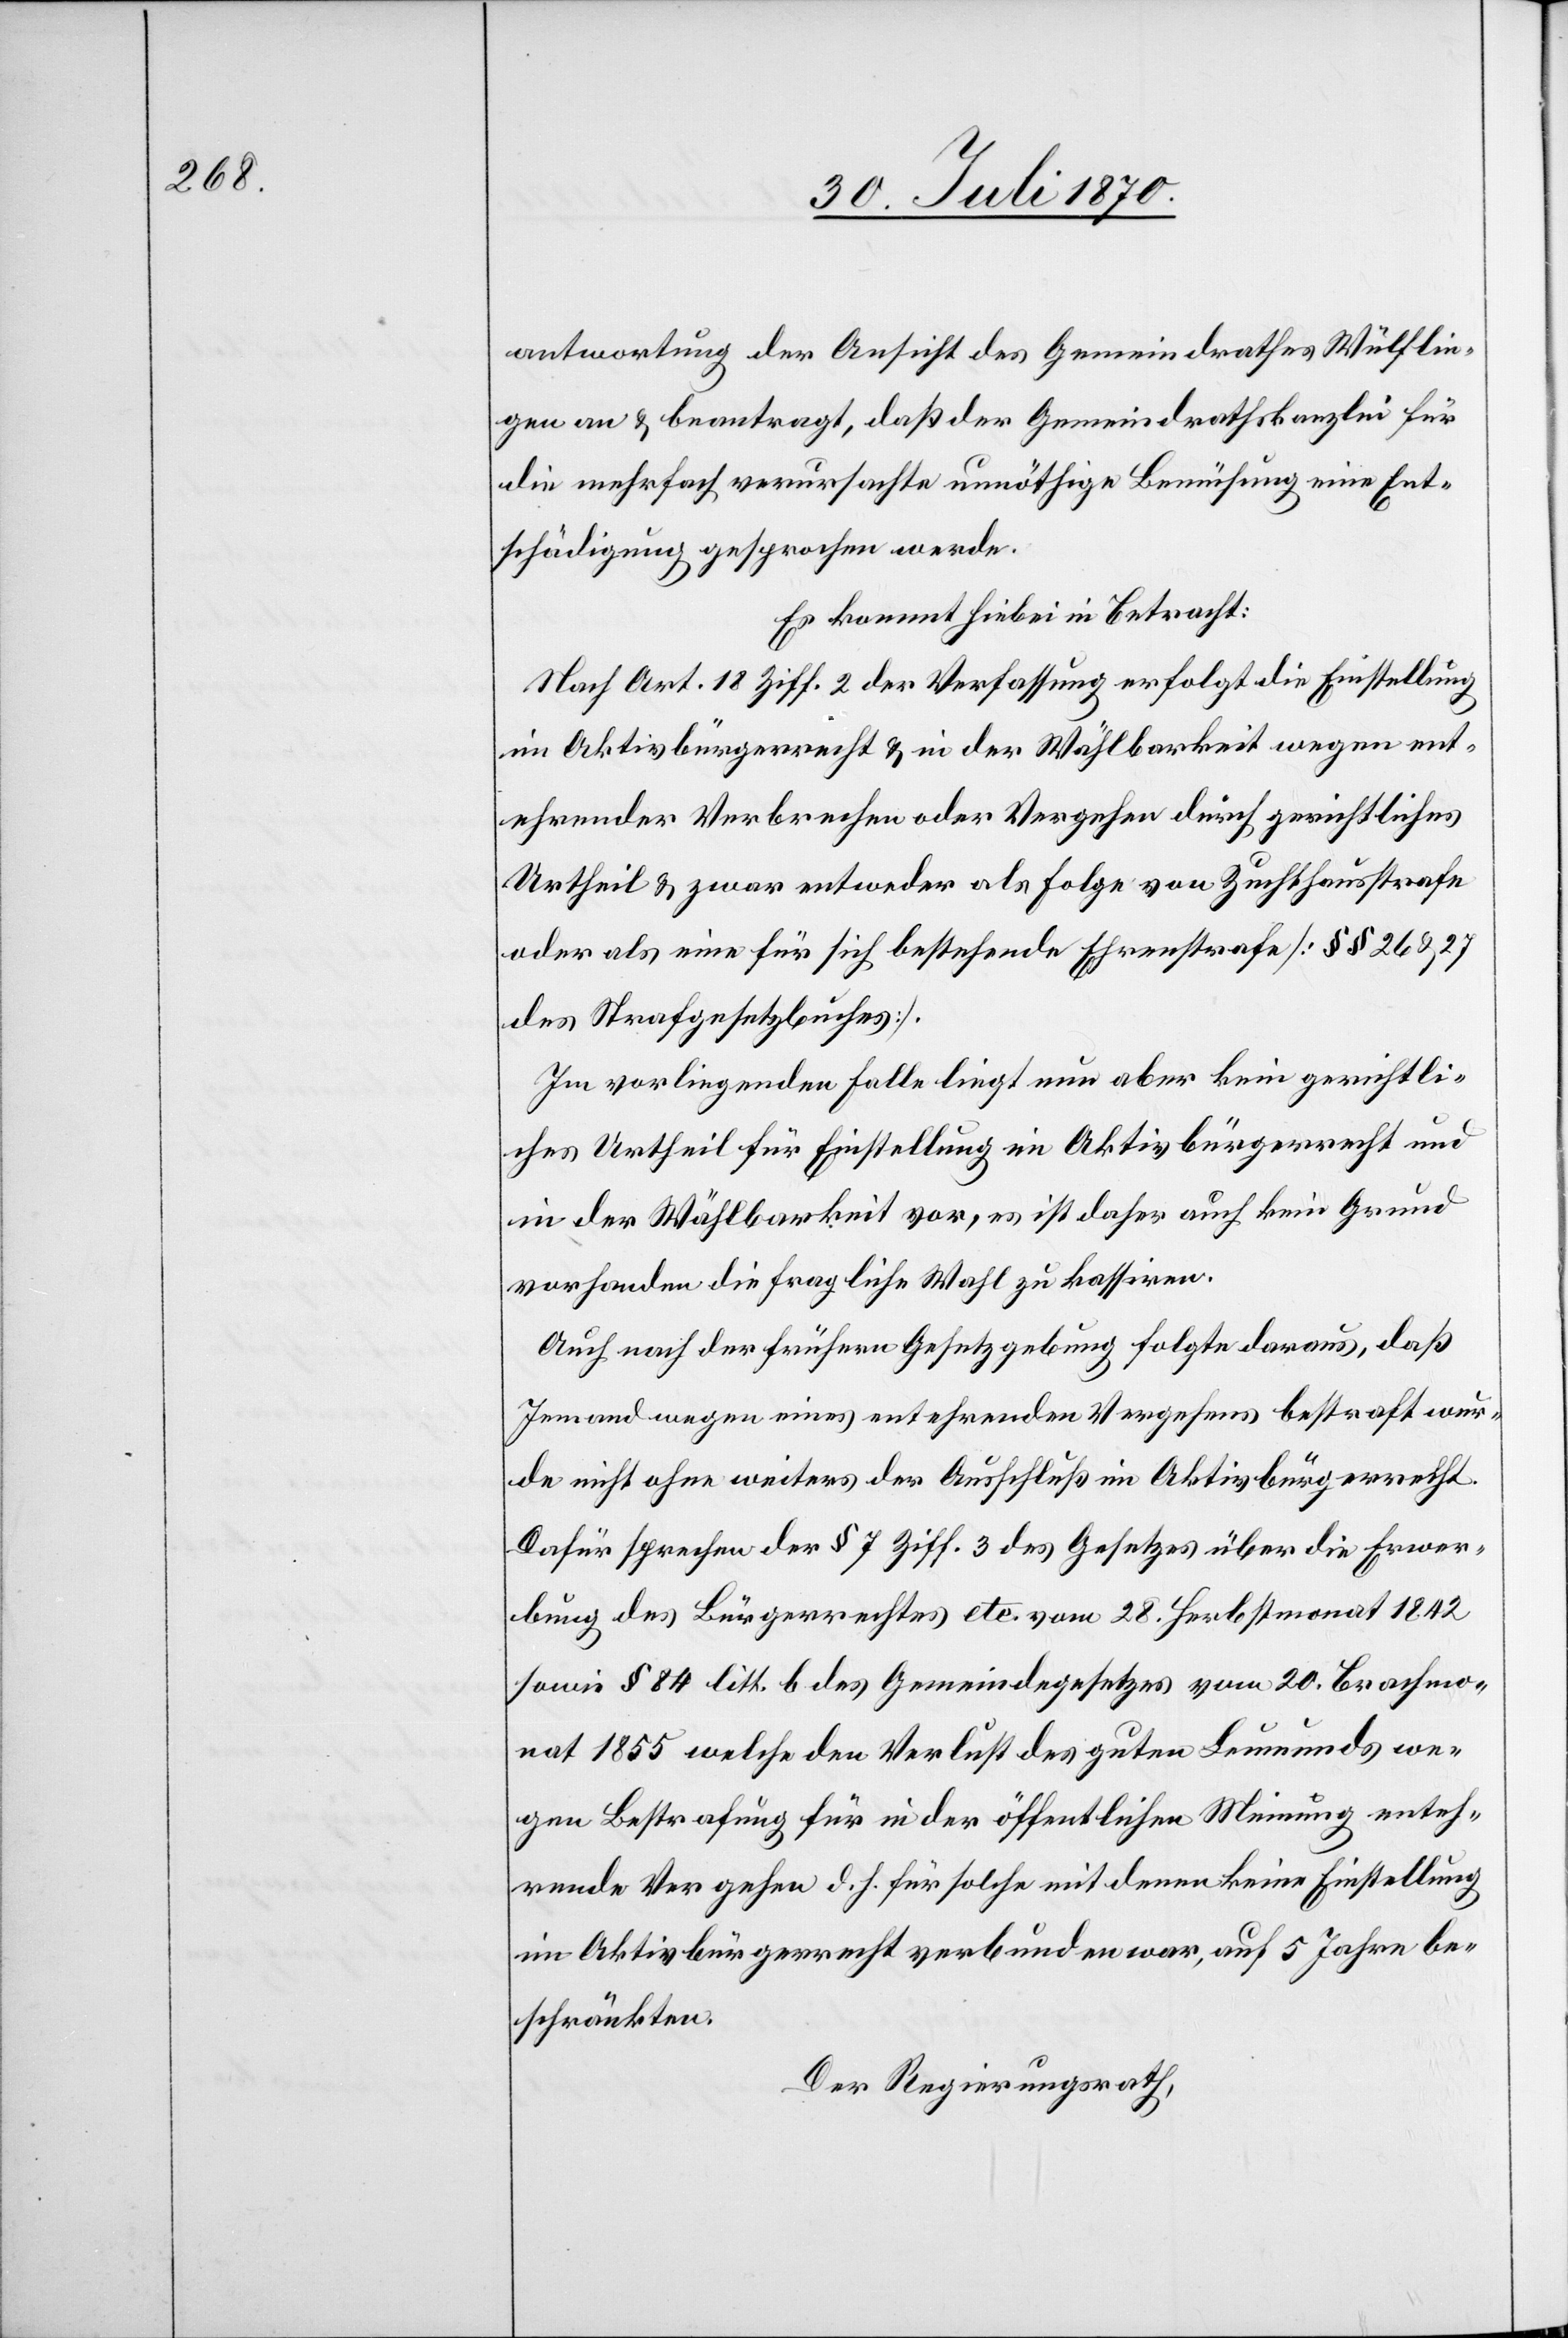
antwortung der Ansicht des Gemeindrathes Wülflin¬
gen an & beantragt, daß der Gemeindrathskanzlei für
die mehrfach verursachte unnöthige Bemühung eine Ent¬
schädigung gesprochen werde.
Es kommt hiebei in Betracht:
Nach Art. 18 Ziff. 2 der Verfassung erfolgt die Einstellung
im Aktivbürgerrecht & in der Wählbarkeit wegen ent¬
ehrender Verbrechen oder Vergehen durch gerichtliches
Urtheil & zwar entweder als Folge von Zuchthausstrafe
oder als eine für sich bestehende Ehrenstrafe [§§ 26 & 27
des Strafgesetzbuches].
Im vorliegenden Falle liegt nun aber kein gerichtli¬
ches Urtheil für Einstellung im Aktivbürgerrecht und
in der Wählbarkeit vor, es ist daher auch kein Grund
vorhanden die fragliche Wahl zu kassiren.
Auch nach der frühern Gesetzgebung folgte daraus, daß
Jemand wegen eines entehrenden Vergehens bestraft wur¬
de nicht ohne weiteres der Ausschluß im Aktivbürgerrecht.
Dafür sprechen der § 7 Ziff. 3 des Gesetzes über die Erwer¬
bung des Bürgerrechtes etc. vom 28. Herbstmonat 1842
sowie § 84 litt. b des Gemeindegesetzes vom 20. Brachmo¬
nat 1855 welche den Verlust des guten Leumundes we¬
gen Bestrafung für in der öffentlichen Meinung enteh¬
rende Vergehen d. h. für solche mit denen keine Einstellung
im Aktivbürgerrecht verbunden war, auf 5 Jahre be¬
schränkten.
Der Regierungsrath,